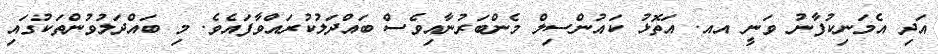
އަދި އެމަނިކުފާނު ވަނީ އއ. އަތޮޅު ކައުންސިލް މެންބަރުނާއިވެސް ބައްދަލުކުރައްވާފައެވެ. މި ބައްދަލުވުންތަކުގައި